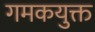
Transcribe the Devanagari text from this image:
गमकयुक्त